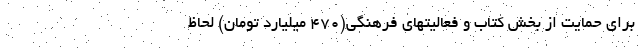
برای حمایت از بخش کتاب و فعالیتهای فرهنگی(۴۷۰ میلیارد تومان) لحاظ